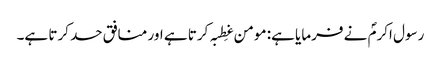
رسول اکرمؐ نے فرمایا ہے: مومن غِطبہ کرتا ہے اور منافق حسد کرتا ہے۔